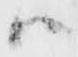
ハ